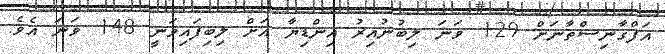
އަފްގާނިސްތާނަށް 129 ވަނަ ލިބުނުއިރު އިންޑިޔާ އަށް ލިބިފައިވަނީ 148 ވަނަ އެވެ.